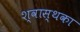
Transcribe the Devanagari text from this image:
श्वास्थका